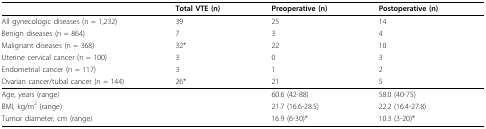
<table><thead><tr><td></td><td><b>Total VTE (n)</b></td><td><b>Preoperative (n)</b></td><td><b>Postoperative (n)</b></td></tr></thead><tbody><tr><td>All gynecologic diseases (n = 1,232)</td><td>39</td><td>25</td><td>14</td></tr><tr><td>Benign diseases (n = 864)</td><td>7</td><td>3</td><td>4</td></tr><tr><td>Malignant diseases (n = 368)</td><td>32</td><td>22</td><td>10</td></tr><tr><td>Uterine cervical cancer (n = 100)</td><td>3</td><td>0</td><td>3</td></tr><tr><td>Endometrial cancer (n = 117)</td><td>3</td><td>1</td><td>2</td></tr><tr><td>Ovarian cancer/tubal cancer (n = 144)</td><td>26</td><td>21</td><td>5</td></tr><tr><td colspan="2">Age, years (range)</td><td>60.6 (42-88)</td><td>58.0 (40-75)</td></tr><tr><td colspan="2">BMI, kg/m<sup>2 </sup>(range)</td><td>21.7 (16.6-28.5)</td><td>22.2 (16.4-27.8)</td></tr><tr><td colspan="2">Tumor diameter, cm (range)</td><td>16.9 (6-30)</td><td>10.3 (3-20)</td></tr></tbody></table>